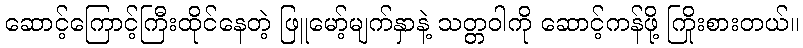
ဆောင့်ကြောင့်ကြီးထိုင်နေတဲ့ ဖြူမော့်မျက်နှာနဲ့ သတ္တဝါကို ဆောင့်ကန်ဖို့ ကြိုးစားတယ်။